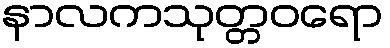
နာလကသုတ္တဝရော